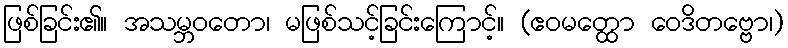
ဖြစ်ခြင်း၏။ အသမ္ဘဝတော၊ မဖြစ်သင့်ခြင်းကြောင့်။ (ဧဝမတ္ထော ဝေဒိတဗ္ဗော၊)